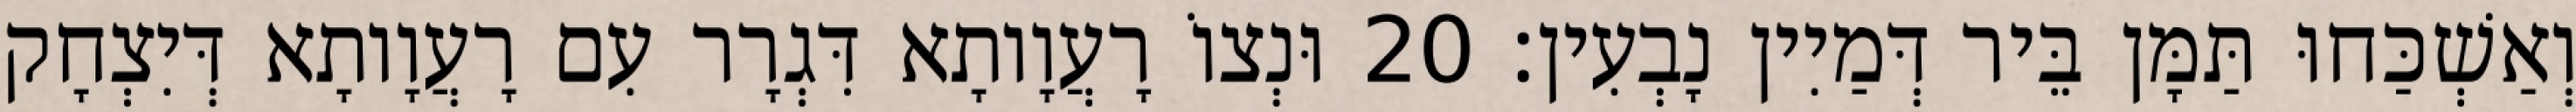
וְאַשְׁכַּחוּ תַּמָּן בֵּיר דְּמַיִין נָבְעִין׃ 20 וּנְצוֹ רָעֲוָותָא דִּגְרָר עִם רָעֲוָותָא דְּיִצְחָק